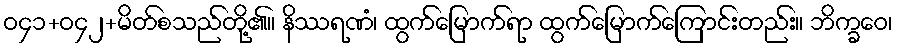
ဝ၄၁+ဝ၄၂+မိတ်စသည်တို့၏။ နိဿရဏံ၊ ထွက်မြောက်ရာ ထွက်မြောက်ကြောင်းတည်း။ ဘိက္ခဝေ၊